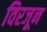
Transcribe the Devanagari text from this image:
विरजून